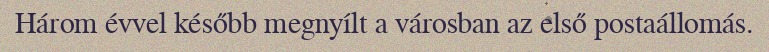
Három évvel később megnyílt a városban az első postaállomás.